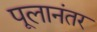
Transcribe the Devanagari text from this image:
पूलानंतर